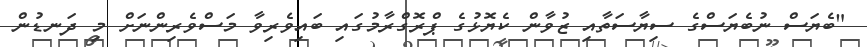
"ބެޔަސް ނުބެޔަސްގެ ސިޔާސަތާއި ޒުވާން ކެޔޮޅުގެ ޕްރޮގްރާމުގައި ބައިވެރިވާ މަސްވެރިންނަށް މި ދަނޑުން